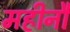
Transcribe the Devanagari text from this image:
महीनौ